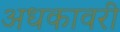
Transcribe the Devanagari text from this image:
अधकावरी